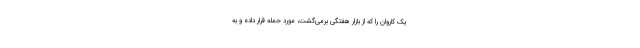
یک کاروان را که از بازار هفتگی برمی‌گشت، مورد حمله قرار داده و به